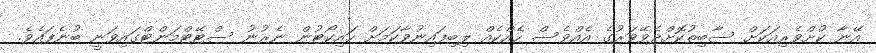
އޭނާ ކުށްވެރިއަކަށް ސާބިތުކޮށްދެވޭވަރުގެ އެއްވެސް ހެއްކެއް ލިބިފައިނުވާކަމަށް ހައިކޯޓުން ނެރުނު ސްޓޭޓްމަންޓްގައިވަނީ ބުނެފައެވެ.